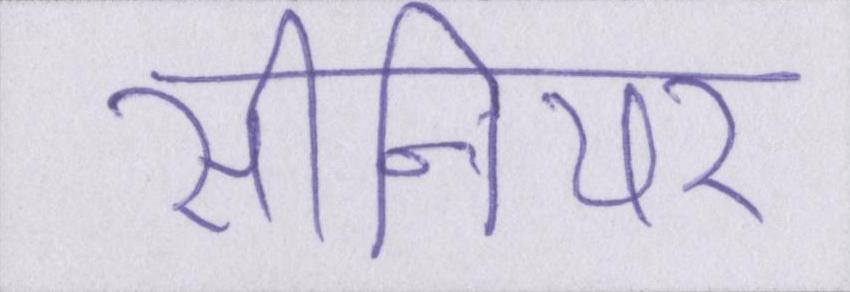
सीनियर